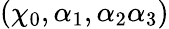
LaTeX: \left(\chi_{0},\alpha_{1},\alpha_{2}\alpha_{3}\right)